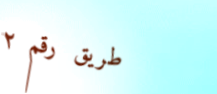
طريق رقم ٢